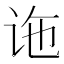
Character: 𫍟